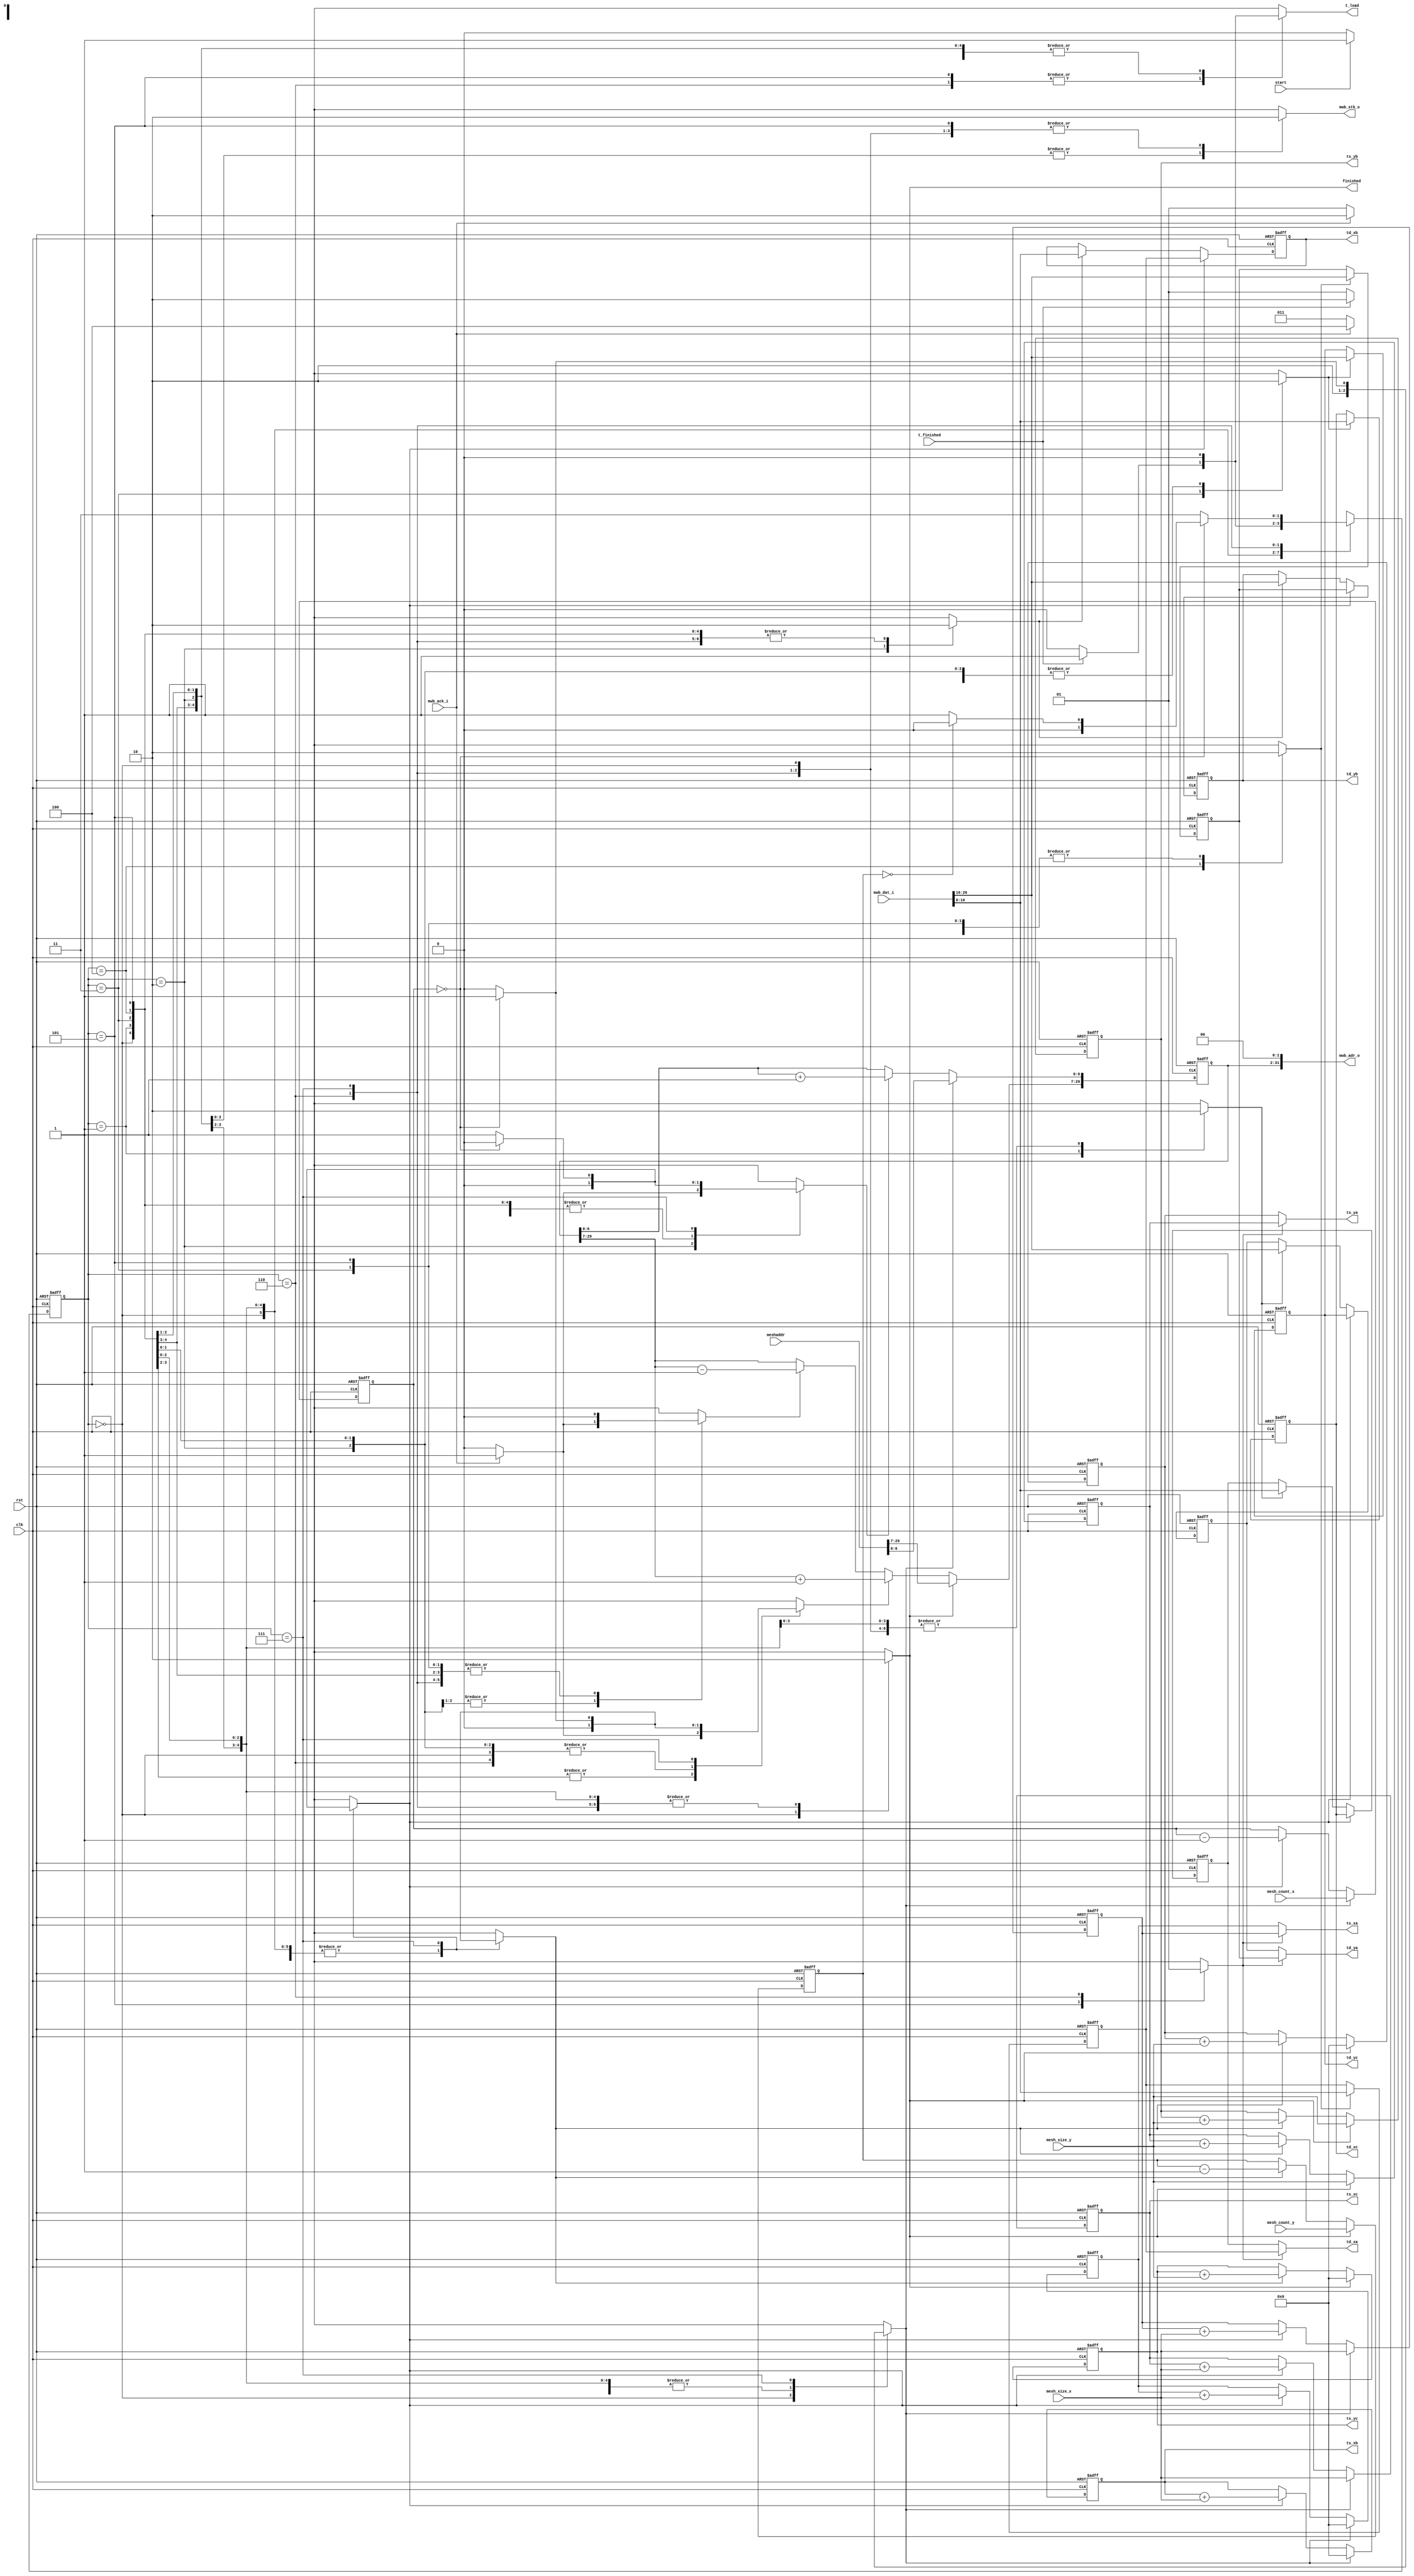
/*
 * Image warping and decay, mesh data fetcher
 * Copyright (C) 2008 Sebastien Bourdeauducq - http://lekernel.net
 * This file is part of Milkymist.
 *
 * Milkymist is free software; you can redistribute it and/or modify it
 * under the terms of the GNU Library General Public License as published
 * by the Free Software Foundation; either version 2, or (at your option)
 * any later version.
 *
 * This program is distributed in the hope that it will be useful,
 * but WITHOUT ANY WARRANTY; without even the implied warranty of
 * MERCHANTABILITY or FITNESS FOR A PARTICULAR PURPOSE.  See the GNU
 * Library General Public License for more details.
 *
 * You should have received a copy of the GNU Library General Public
 * License along with this program; if not, write to the Free Software
 * Foundation, Inc., 51 Franklin Street, Fifth Floor, Boston, MA 02110-1301,
 * USA.
 */

module fetchmesh(
	input clk,
	input rst,

	/* WISHBONE master, read-only */
	output [31:0] mwb_adr_o,
	output reg mwb_stb_o,
	input mwb_ack_i,
	input [31:0] mwb_dat_i,
	
	/* Parameters */
	input [29:0] meshaddr,		// unregistered
	input [6:0] mesh_count_x,	// registered
	input [10:0] mesh_size_x,	// unregistered
	input [6:0] mesh_count_y,	// registered
	input [10:0] mesh_size_y,	// unregistered
	
	/* Control */
	input start,
	output reg finished,

	/* Interface to the triangle interpolator */
	output [10:0] td_xa,
	output [10:0] td_ya,
	output [10:0] ts_xa,
	output [10:0] ts_ya,
	
	output [10:0] td_xb,
	output [10:0] td_yb,
	output [10:0] ts_xb,
	output [10:0] ts_yb,
	
	output [10:0] td_xc,
	output [10:0] td_yc,
	output [10:0] ts_xc,
	output [10:0] ts_yc,
	
	output reg t_load,
	input t_finished
);

reg [29:0] adr_w;
assign mwb_adr_o = {adr_w, 2'b00};

reg [6:0] remain_meshx;
reg reset_remain_meshx;
reg dec_remain_meshx;
reg [6:0] remain_meshy;
reg reset_remain_meshy;
reg dec_remain_meshy;

reg reset_meshix;
reg inc_meshix;
reg dec_meshix;
reg reset_meshiy;
reg inc_meshiy;
reg dec_meshiy;

reg [10:0] dst_topleftx;
reg [10:0] dst_toplefty;
reg [10:0] dst_toprightx;
reg [10:0] dst_toprighty;
reg [10:0] dst_bottomleftx;
reg [10:0] dst_bottomlefty;
reg [10:0] dst_bottomrightx;
reg [10:0] dst_bottomrighty;

reg shiftright;
reg loaddst_topleft;
reg loaddst_topright;
reg loaddst_bottomleft;
reg loaddst_bottomright;

reg [10:0] src_topleftx;
reg [10:0] src_toplefty;
reg [10:0] src_toprightx;
reg [10:0] src_toprighty;
reg [10:0] src_bottomleftx;
reg [10:0] src_bottomlefty;
reg [10:0] src_bottomrightx;
reg [10:0] src_bottomrighty;

reg reset_srcx;
reg inc_srcx;
reg reset_srcy;
reg inc_srcy;

reg bottom_triangle;

reg [2:0] state;
reg [2:0] next_state;
parameter IDLE = 0, FETCH_TOPLEFT = 1, FETCH_BOTTOMLEFT = 2, FETCH_TOPRIGHT = 3, FETCH_BOTTOMRIGHT = 4,
	LOAD_TRIANGLE = 5, LOAD_TRIANGLE_BOTTOM = 6, NEXT_SQUARE = 7;

always @(posedge clk or posedge rst) begin
	if(rst) begin
		state <= IDLE;
		
		remain_meshx <= 0;
		remain_meshy <= 0;
		
		adr_w <= 0;
		
		dst_topleftx <= 0;
		dst_toplefty <= 0;
		dst_toprightx <= 0;
		dst_toprighty <= 0;
		dst_bottomleftx <= 0;
		dst_bottomlefty <= 0;
		dst_bottomrightx <= 0;
		dst_bottomrighty <= 0;
		
		src_topleftx <= 0;
		src_toplefty <= 0;
		src_toprightx <= 0;
		src_toprighty <= 0;
		src_bottomleftx <= 0;
		src_bottomlefty <= 0;
		src_bottomrightx <= 0;
		src_bottomrighty <= 0;

	end else begin
		state <= next_state;
		//$display("state: %d -> %d", state, next_state);
		
		if(reset_remain_meshx)
			remain_meshx <= mesh_count_x;
		else if(dec_remain_meshx)
			remain_meshx <= remain_meshx - 1;
		if(reset_remain_meshy)
			remain_meshy <= mesh_count_y;
		else if(dec_remain_meshy)
			remain_meshy <= remain_meshy - 1;
		
		/*
		 * Mesh coordinates are 7-bit numbers that add to the base address (meshaddr input).
		 * We just store them in the word address register (adr_w).
		 * 29...7 Y
		 *  6...0 X
		 */
		
		if(reset_meshix)
			adr_w[6:0] <= meshaddr[6:0];
		else if(inc_meshix)
			adr_w[6:0] <= adr_w[6:0] + 1;
		else if(dec_meshix)
			adr_w[6:0] <= adr_w[6:0] - 1;
		if(reset_meshiy)
			adr_w[29:7] <= meshaddr[29:7];
		else if(inc_meshiy)
			adr_w[29:7] <= adr_w[29:7] + 1;
		else if(dec_meshiy)
			adr_w[29:7] <= adr_w[29:7] - 1;
		
		if(shiftright) begin
			dst_topleftx <= dst_toprightx;
			dst_toplefty <= dst_toprighty;
			dst_bottomleftx <= dst_bottomrightx;
			dst_bottomlefty <= dst_bottomrighty;
		end else begin
			if(loaddst_topleft) begin
				dst_topleftx <= mwb_dat_i[10:0];
				dst_toplefty <= mwb_dat_i[26:16];
			end
			if(loaddst_bottomleft) begin
				dst_bottomleftx <= mwb_dat_i[10:0];
				dst_bottomlefty <= mwb_dat_i[26:16];
			end
		end
		if(loaddst_topright) begin
			dst_toprightx <= mwb_dat_i[10:0];
			dst_toprighty <= mwb_dat_i[26:16];
		end
		if(loaddst_bottomright) begin
			dst_bottomrightx <= mwb_dat_i[10:0];
			dst_bottomrighty <= mwb_dat_i[26:16];
		end
		
		if(reset_srcx) begin
			src_topleftx <= 0;
			src_toprightx <= mesh_size_x;
			src_bottomleftx <= 0;
			src_bottomrightx <= mesh_size_x;
		end else if(inc_srcx) begin
			src_topleftx <= src_topleftx + mesh_size_x;
			src_toprightx <= src_toprightx + mesh_size_x;
			src_bottomleftx <= src_bottomleftx + mesh_size_x;
			src_bottomrightx <= src_bottomrightx + mesh_size_x;
		end
		
		if(reset_srcy) begin
			src_toplefty <= 0;
			src_toprighty <= 0;
			src_bottomlefty <= mesh_size_y;
			src_bottomrighty <= mesh_size_y;
		end else if(inc_srcy) begin
			src_toplefty <= src_toplefty + mesh_size_y;
			src_toprighty <= src_toprighty + mesh_size_y;
			src_bottomlefty <= src_bottomlefty + mesh_size_y;
			src_bottomrighty <= src_bottomrighty + mesh_size_y;
		end
	end
end

assign td_xa = bottom_triangle ? dst_bottomrightx : dst_topleftx;
assign td_ya = bottom_triangle ? dst_bottomrighty : dst_toplefty;
assign ts_xa = bottom_triangle ? src_bottomrightx : src_topleftx;
assign ts_ya = bottom_triangle ? src_bottomrighty : src_toplefty;

assign td_xb = dst_bottomleftx;
assign td_yb = dst_bottomlefty;
assign ts_xb = src_bottomleftx;
assign ts_yb = src_bottomlefty;

assign td_xc = dst_toprightx;
assign td_yc = dst_toprighty;
assign ts_xc = src_toprightx;
assign ts_yc = src_toprighty;

always @(state or start or mwb_ack_i or t_finished or bottom_triangle or remain_meshx or remain_meshy) begin
	/* XST does not generate a pure combinatorial function if next_state is
	 * not pre-affected, maybe because of the unused states.
	 */
	next_state = IDLE;

	finished = 0;
	
	reset_remain_meshx = 0;
	dec_remain_meshx = 0;
	reset_remain_meshy = 0;
	dec_remain_meshy = 0;
	
	reset_meshix = 0;
	inc_meshix = 0;
	dec_meshix = 0;
	reset_meshiy = 0;
	inc_meshiy = 0;
	dec_meshiy = 0;

	mwb_stb_o = 0;

	shiftright = 0;
	loaddst_topleft = 0;
	loaddst_topright = 0;
	loaddst_bottomleft = 0;
	loaddst_bottomright = 0;
	
	t_load = 0;
	
	reset_srcx = 0;
	inc_srcx = 0;
	reset_srcy = 0;
	inc_srcy = 0;
	
	bottom_triangle = 1'bx;

	case(state)
		IDLE: begin
			finished = 1;
		
			reset_meshix = 1;
			reset_remain_meshx = 1;
			reset_meshiy = 1;
			reset_remain_meshy = 1;
			reset_srcx = 1;
			reset_srcy = 1;
			if(start)
				next_state = FETCH_TOPLEFT;
			else
				next_state = IDLE;
		end
		
		FETCH_TOPLEFT: begin
			mwb_stb_o = 1;
			loaddst_topleft = 1;
			if(mwb_ack_i) begin
				inc_meshiy = 1;
				next_state = FETCH_BOTTOMLEFT;
			end else
				next_state = FETCH_TOPLEFT;
		end
		FETCH_BOTTOMLEFT: begin
			mwb_stb_o = 1;
			loaddst_bottomleft = 1;
			if(mwb_ack_i) begin
				inc_meshix = 1;
				dec_meshiy = 1;
				next_state = FETCH_TOPRIGHT;
			end else
				next_state = FETCH_BOTTOMLEFT;
		end
		FETCH_TOPRIGHT: begin
			mwb_stb_o = 1;
			loaddst_topright = 1;
			if(mwb_ack_i) begin
				inc_meshiy = 1;
				next_state = FETCH_BOTTOMRIGHT;
			end else
				next_state = FETCH_TOPRIGHT;
		end
		FETCH_BOTTOMRIGHT: begin
			mwb_stb_o = 1;
			loaddst_bottomright = 1;
			if(mwb_ack_i) begin
				dec_meshiy = 1;
				next_state = LOAD_TRIANGLE;
			end else
				next_state = FETCH_BOTTOMRIGHT;
		end
		
		LOAD_TRIANGLE: begin
			//$display("in square [T]: topleft (%d, %d) topright (%d, %d) bottomleft (%d, %d) bottomright (%d, %d) %b", dst_topleftx, dst_toplefty, dst_toprightx, dst_toprighty, dst_bottomleftx, dst_bottomlefty, dst_bottomrightx, dst_bottomrighty, t_finished);

			//$image_set(dst_topleftx, dst_toplefty, 32'h00ffffff);
			//$image_set(dst_toprightx, dst_toprighty, 32'h00ffffff);
			//$image_set(dst_bottomleftx, dst_bottomlefty, 32'h00ffffff);
			//$image_set(dst_bottomrightx, dst_bottomrighty, 32'h00ffffff);

			bottom_triangle = 0;
			if(t_finished) begin
				t_load = 1;
				next_state = LOAD_TRIANGLE_BOTTOM;
			end else
				next_state = LOAD_TRIANGLE;
		end
		
		LOAD_TRIANGLE_BOTTOM: begin
			//$display("in square [B]: topleft (%d, %d) topright (%d, %d) bottomleft (%d, %d) bottomright (%d, %d) %b", dst_topleftx, dst_toplefty, dst_toprightx, dst_toprighty, dst_bottomleftx, dst_bottomlefty, dst_bottomrightx, dst_bottomrighty, t_finished);

			bottom_triangle = 1;
			if(t_finished) begin
				t_load = 1;
				next_state = NEXT_SQUARE;
			end else
				next_state = LOAD_TRIANGLE_BOTTOM;
		end
		
		NEXT_SQUARE: begin
			if(remain_meshx == 0) begin
				reset_srcx = 1;
				inc_srcy = 1;
				dec_remain_meshy = 1;
				reset_meshix = 1;
				reset_remain_meshx = 1;
				inc_meshiy = 1;
				
				if(remain_meshy == 0)
					next_state = IDLE;
				else
					next_state = FETCH_TOPLEFT;
			end else begin
				shiftright = 1;
				inc_srcx = 1;
				inc_meshix = 1;
				dec_remain_meshx = 1;
				next_state = FETCH_TOPRIGHT;
			end
		end
	endcase
end

endmodule